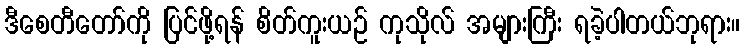
ဒီစေတီတော်ကို ပြင်ဖို့ရန် စိတ်ကူးယဉ် ကုသိုလ် အများကြီး ရခဲ့ပါတယ်ဘုရား။